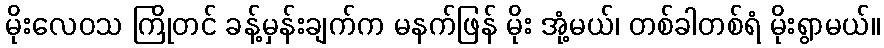
မိုးလေဝသ ကြိုတင် ခန့်မှန်းချက်က မနက်ဖြန် မိုး အုံ့မယ်၊ တစ်ခါတစ်ရံ မိုးရွာမယ်။